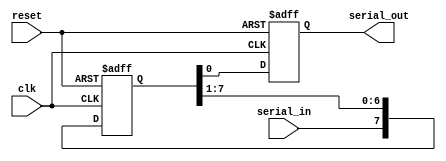
module SISO_shift_register (
    input wire clk,
    input wire reset,
    input wire serial_in,
    output reg serial_out
);

reg [7:0] shift_reg;

always @(posedge clk or posedge reset) begin
    if (reset) begin
        shift_reg <= 8'b0;
        serial_out <= 1'b0;
    end else begin
        shift_reg <= {serial_in, shift_reg[7:1]};
        serial_out <= shift_reg[0];
    end
end

endmodule